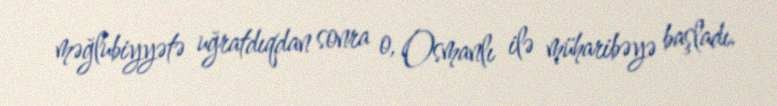
məğlubiyyətə uğratdıqdan sonra o, Osmanlı ilə müharibəyə başladı.